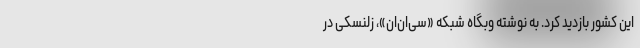
این کشور بازدید کرد. به نوشته وبگاه شبکه «سی‌اِن‌اِن»، زلنسکی در